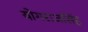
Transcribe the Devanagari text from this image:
योगराजसिंह